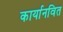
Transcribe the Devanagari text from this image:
कार्यानवित